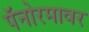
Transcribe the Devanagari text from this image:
पॅनोरमावर